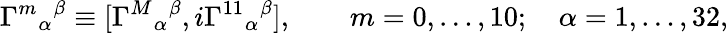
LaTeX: {\Gamma^{m}}_{\alpha}{}^{\beta}\equiv[{\Gamma^{M}}_{\alpha}{}^{\beta},i{\Gamma^{11}}_{\alpha}{}^{\beta}],\qquad m=0,\dots,10;\quad\alpha=1,\dots,32,